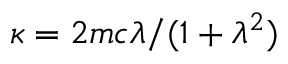
\kappa = 2 m c \ensuremath { \lambda } / ( 1 + \ensuremath { \lambda } ^ { 2 } )